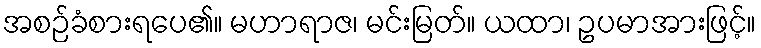
အစဉ်ခံစားရပေ၏။ မဟာရာဇ၊ မင်းမြတ်။ ယထာ၊ ဥပမာအားဖြင့်။